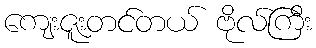
ကျေးဇူးတင်တယ် ဗိုလ်ကြီး